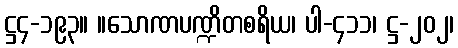
ဋ္ဌ၄-၁၉၃။ ။သောဏပဏ္ဍိတစရိယ၊ ပါ-၄၁၁၊ ဋ္ဌ-၂၀၂၊